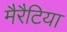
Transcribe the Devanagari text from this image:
मैरैटिया